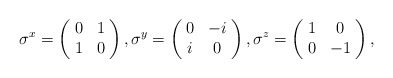
\begin{align*}\sigma^{x} = \left(\!\begin{array}{cc}0&1\\1&0\end{array}\!\right),\sigma^{y} = \left(\!\begin{array}{cc}0&-i\\i&0\end{array}\!\right),\sigma^{z} = \left(\!\begin{array}{cc}1&0\\0&-1\end{array}\!\right),\end{align*}